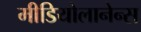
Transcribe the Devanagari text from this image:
मीडियोलानेन्स